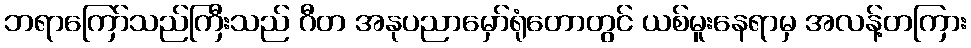
ဘရာကြော်သည်ကြီးသည် ဂီတ အနုပညာမှော်ရုံတောတွင် ယစ်မူးနေရာမှ အလန့်တကြား